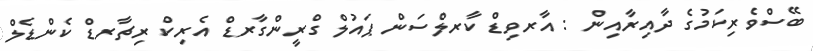
ބޭސްވެރިކަމުގެ ދާއިރާއިން : އާރވިޑް ކާރލްސަން ޕައުލް ގްރީންގާރޑް އެރިކް ރިޗާރޑް ކެންޑެލް